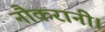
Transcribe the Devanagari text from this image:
नौकरानी।